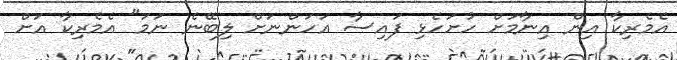
އެމެރިކާ އިން އިނާމަށް ހުށަހެޅި ފައިސާ އަހަންނަށް ލިބޭނެ ނަމަ" އެމެރިކާ އަށް